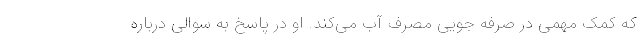
که کمک مهمی در صرفه جویی مصرف آب می‌کند. او در پاسخ به سوالی درباره